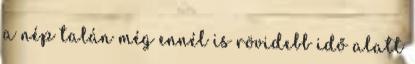
a nép talán még ennél is rövidebb idő alatt